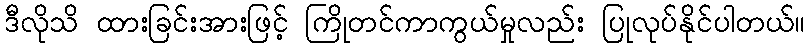
ဒီလိုသိ ထားခြင်းအားဖြင့် ကြိုတင်ကာကွယ်မှုလည်း ပြုလုပ်နိုင်ပါတယ်။